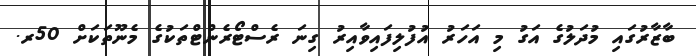
ބާޒާރުގައި މުދަލުގެ އަގު މި އަހަރު އުފުލިފައިވާއިރު ގިނަ ރެސްޓޯރެންޓްތަކުގެ މެނޫތަކަށް 50ރ.